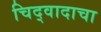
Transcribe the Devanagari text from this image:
चिद्‌वादाचा